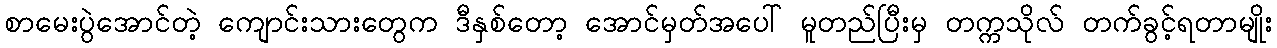
စာမေးပွဲအောင်တဲ့ ကျောင်းသားတွေက ဒီနှစ်တော့ အောင်မှတ်အပေါ် မူတည်ပြီးမှ တက္ကသိုလ် တက်ခွင့်ရတာမျိုး